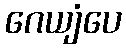
ဂေယျံပေ